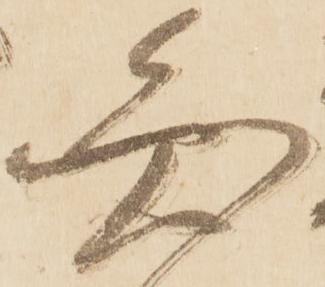
圓